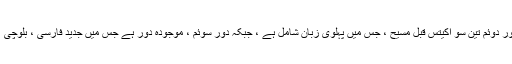
دورِ اول ، ایک ہزار قبل مسیح ، جس میں اوستا شامل ہے ، دورِ دوئم تین سو اکیتس قبل مسیح ، جس میں پہلوی زبان شامل ہے ، جبکہ دورِ سوئم ، موجودہ دور ہے جس میں جدید فارسی ، بلوچی ، کُردی اور پشتو شامل ہیں ، یہ نئی ایرانی زبانیں کہلاتی ہیں۔